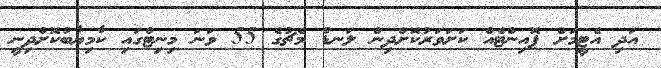
އަދި އެޓީމަށް ޕޮއިންޓެއް ކަށަވަރުކޮށްދިން ލަނޑު މެޗުގެ 55 ވަނަ މިނިޓްގައި ކާމިޔާބުކޮށްދިނީ